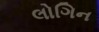
લોગિન